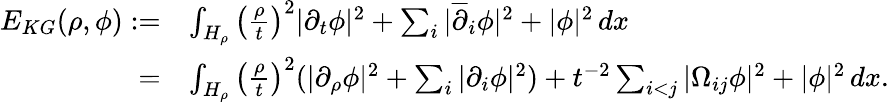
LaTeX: \begin{array}{rl}{E_{KG}(\rho,\phi):=}&{\int_{H_{\rho}}\left(\frac\rho t\right)^{2}|\partial_{t}\phi|^{2}+\sum_{i}|\overline{{\partial}}_{i}\phi|^{2}+|\phi|^{2}\, dx}\\ {=}&{\int_{H_{\rho}}\left(\frac\rho t\right)^{2}(|\partial_{\rho}\phi|^{2}+\sum_{i}|\partial_{i}\phi|^{2})+t^{-2}\sum_{i<j}|\Omega_{ij}\phi|^{2}+|\phi|^{2}\, dx.}\end{array}